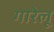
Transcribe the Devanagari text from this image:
गारेलू